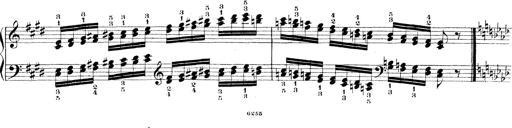
Title: Technische Studien
Composer: Franz Liszt